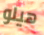
هيلو